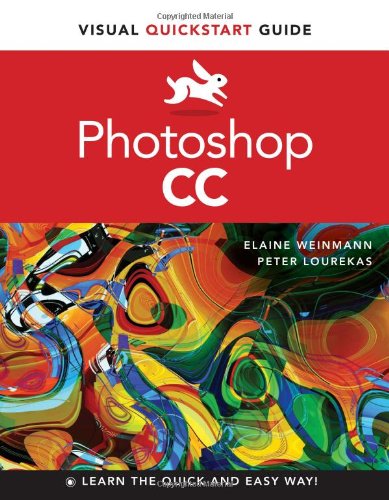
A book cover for Photoshop CC: Visual QuickStart Guide; Elaine Weinmann; Computers & Technology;